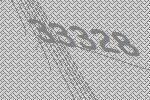
33328